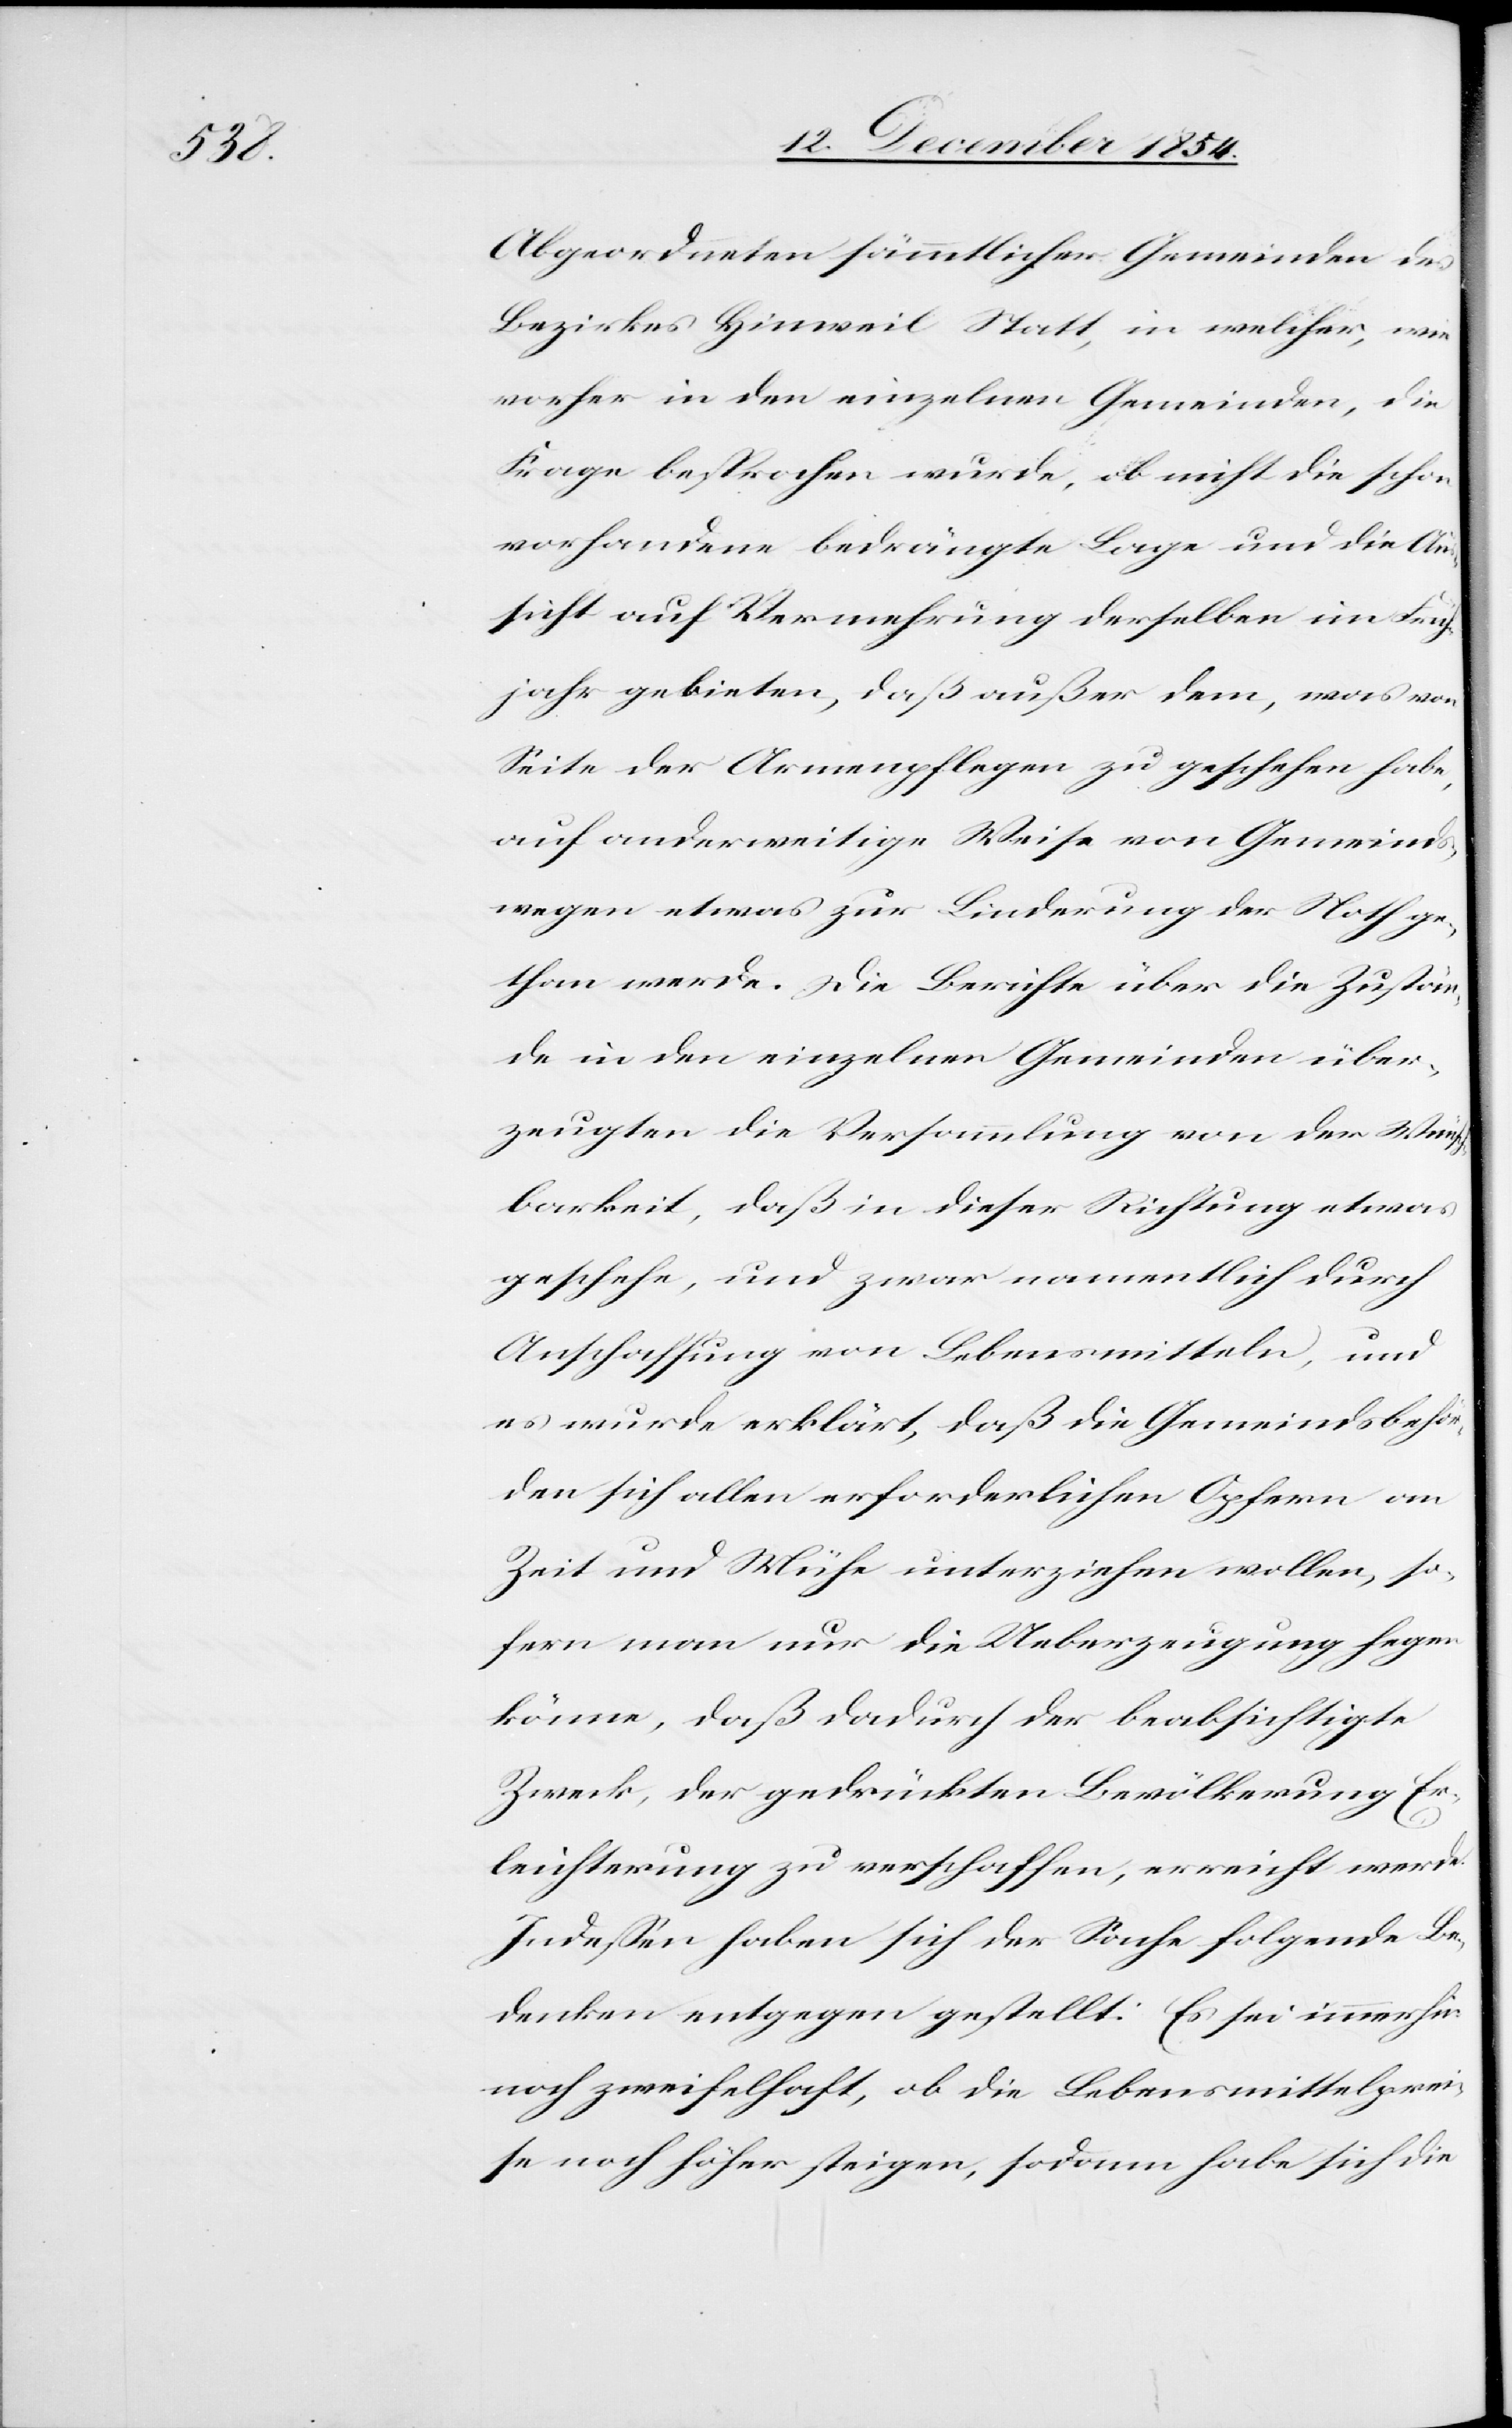
Abgeordneten sämmtlicher Gemeinden des
Bezirkes Hinweil Statt, in welcher, wie
vorher in den einzelnen Gemeinden, die
Frage besprochen wurde, ob nicht die schon
vorhandene bedrängte Lage und die An¬
sicht auf Vermehrung derselben im Früh¬
jahr gebieten, daß außer dem, was von
Seite der Armenpflegen zu geschehen habe,
auf anderweitige Weise von Gemeinds¬
wegen etwas zur Linderung der Noth ge¬
than werde. Die Berichte über die Zustän¬
de in den einzelnen Gemeinden über¬
zeugten die Versammlung von der Wünsch¬
barkeit, daß in dieser Richtung etwas
geschehe, und zwar namentlich durch
Anschaffung von Lebensmitteln, und
es wurde erklärt, daß die Gemeindsbehör¬
den sich allen erforderlichen Opfern an
Zeit und Mühe unterziehen wollen, so¬
fern man nur die Ueberzeugung hegen
könne, daß dadurch der beabsichtigte
Zweck, der gedrückten Bevölkerung Er¬
leichterung zu verschaffen, erreicht werde.
Indeßen haben sich der Sache folgende Be¬
denken entgegen gestellt: Es sei immerhin
noch zweifelhaft, ob die Lebensmittelprei¬
se noch höher steigen, sodann habe sich die